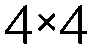
4×4